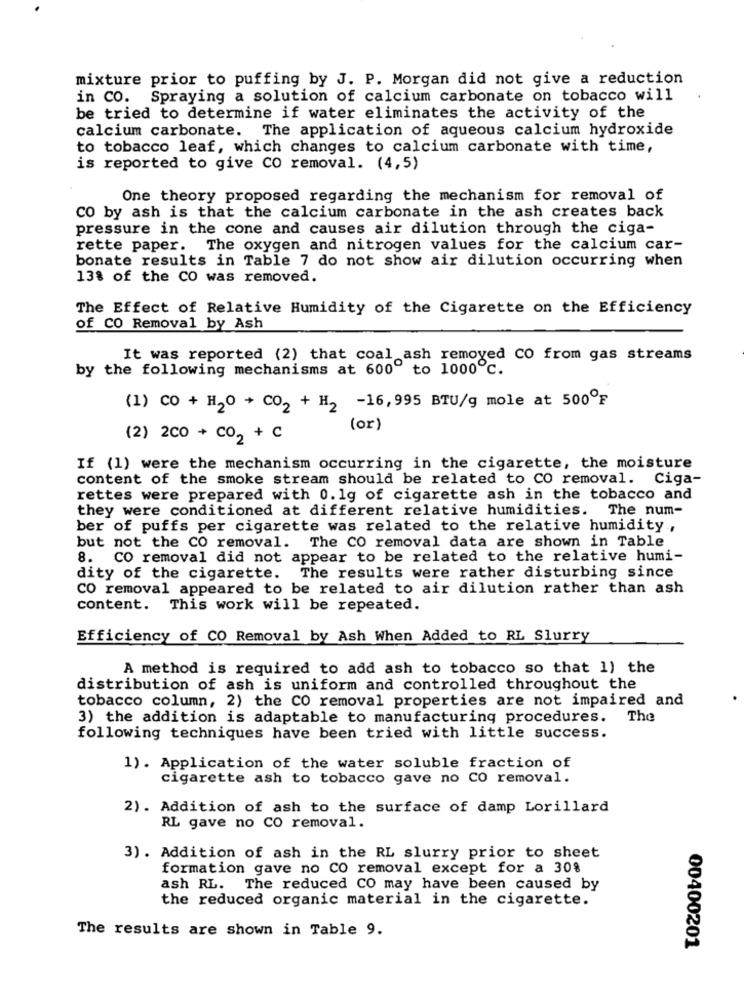
mixture prior to puffing by J. P. Morgan did not give a reduction
in CO. Spraying a solution of calcium carbonate on tobacco will
be tried to determine if water eliminates the activity of the
calcium carbonate. The application of aqueous calcium hydroxide
to tobacco leaf, which changes to calcium carbonate with time,
is reported to give CO removal. (4,5)
One theory proposed regarding the mechanism for removal of
CO by ash is that the calcium carbonate in the ash creates back
pressure in the cone and causes air dilution through the ciga-
rette paper. The oxygen and nitrogen values for the calcium car-
bonate results in Table 7 do not show air dilution occurring when
13% of the CO was removed.
The Effect of Relative Humidity of the Cigarette on the Efficiency
of CO Removal by Ash
It was reported (2) that coal ash removed CO from gas streams
by the following mechanisms at 600" to 1000℃.
(1) CO + H2O + CO2 + H2 -16,995 BTU/g mole at 500ºF
(or)
(2) 200 + CO2 + C
If (1) were the mechanism occurring in the cigarette, the moisture
content of the smoke stream should be related to CO removal. Ciga-
rettes were prepared with 0.1g of cigarette ash in the tobacco and
they were conditioned at different relative humidities. The num-
ber of puffs per cigarette was related to the relative humidity,
but not the CO removal. The CO removal data are shown in Table
8. CO removal did not appear to be related to the relative humi-
dity of the cigarette. The results were rather disturbing since
CO removal appeared to be related to air dilution rather than ash
content. This work will be repeated.
Efficiency of CO Removal by Ash When Added to RL Slurry
A method is required to add ash to tobacco so that 1) the
distribution of ash is uniform and controlled throughout the
tobacco column, 2) the CO removal properties are not impaired and
3) the addition is adaptable to manufacturing procedures.
The
following techniques have been tried with little success.
1). Application of the water soluble fraction of
cigarette ash to tobacco gave no CO removal.
2). Addition of ash to the surface of damp Lorillard
RL gave no CO removal.
3) . Addition of ash in the RL slurry prior to sheet
formation gave no CO removal except for a 30%
ash RL. The reduced CO may have been caused by
the reduced organic material in the cigarette.
The results are shown in Table 9.
00400201